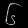
Digit: ၆